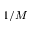
1 / M